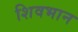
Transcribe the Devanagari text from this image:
शिवभान